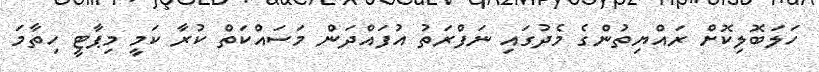
ހަލަބޮލިކޮށް ރައްޔިތުންގެ މެދުގައި ނަފްރަތު އުފައްދަން މަސައްކަތް ކުރާ ކަމީ މިޕާޓީ ހިތާމަ